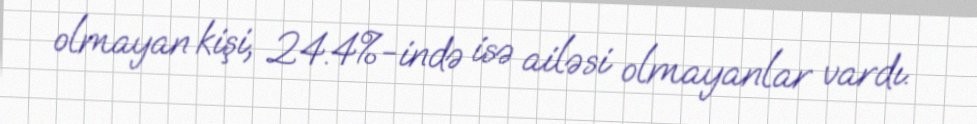
olmayan kişi, 24.4%-ində isə ailəsi olmayanlar vardı.